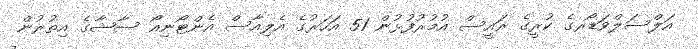
އަލްސަލްވަޑޯރގެ ކުރީގެ ރައީސް އުމުރުފުޅުން 51 އަހަރުގެ އެލިއާސް އެންޓޯނިއޯ ސާޝާގެ އިތުރުން